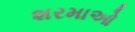
શરમાઓ